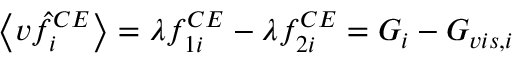
\left\langle v \hat { f } _ { i } ^ { C E } \right\rangle = \lambda f _ { 1 i } ^ { C E } - \lambda f _ { 2 i } ^ { C E } = G _ { i } - G _ { v i s , i }